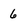
Character: 6